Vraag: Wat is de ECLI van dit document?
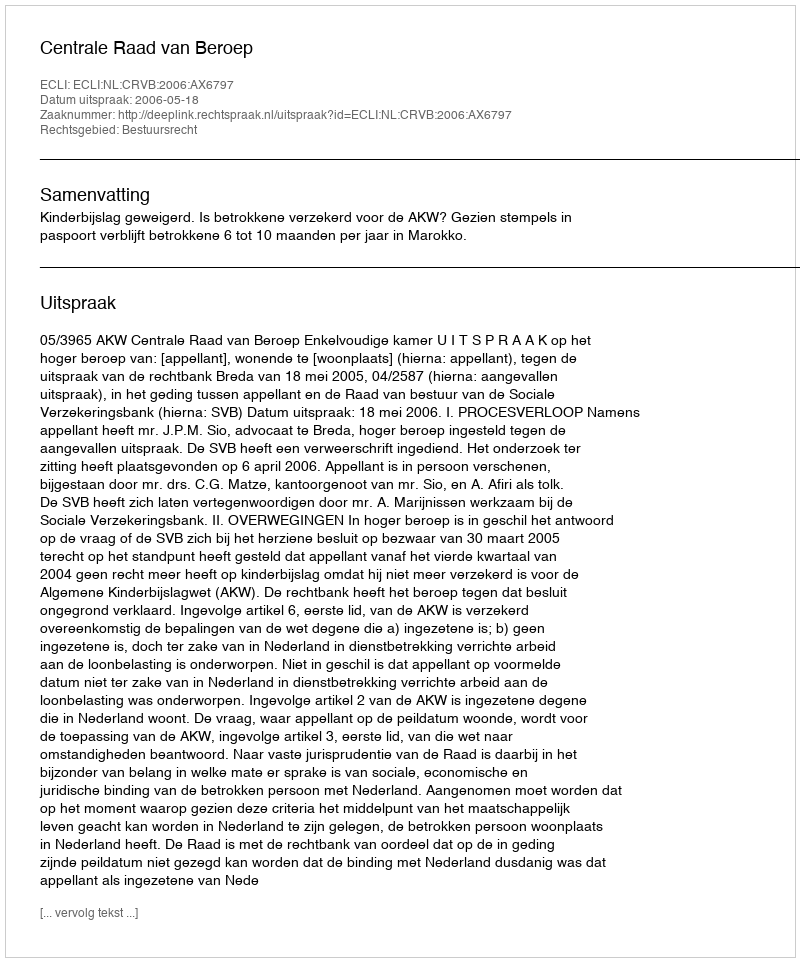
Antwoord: ECLI:NL:CRVB:2006:AX6797